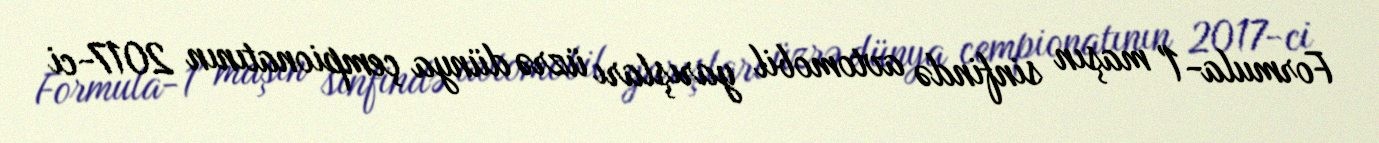
Formula-1" maşın sinfində avtomobil yarışları üzrə dünya çempionatının 2017-ci